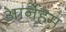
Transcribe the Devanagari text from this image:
आर्नेहम